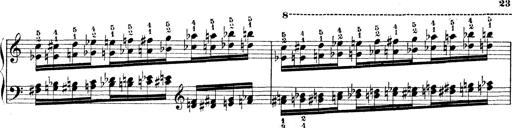
Title: Technische Studien
Composer: Franz Liszt